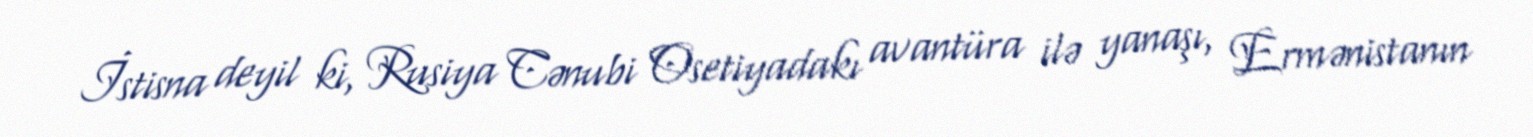
İstisna deyil ki, Rusiya Cənubi Osetiyadakı avantüra ilə yanaşı, Ermənistanın